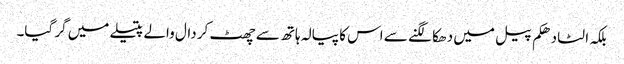
بلکہ الٹا دھکم پیل میں دھکا لگنے سے اس کا پیالہ ہاتھ سے چھٹ کر دال والے پتیلے میں گر گیا۔